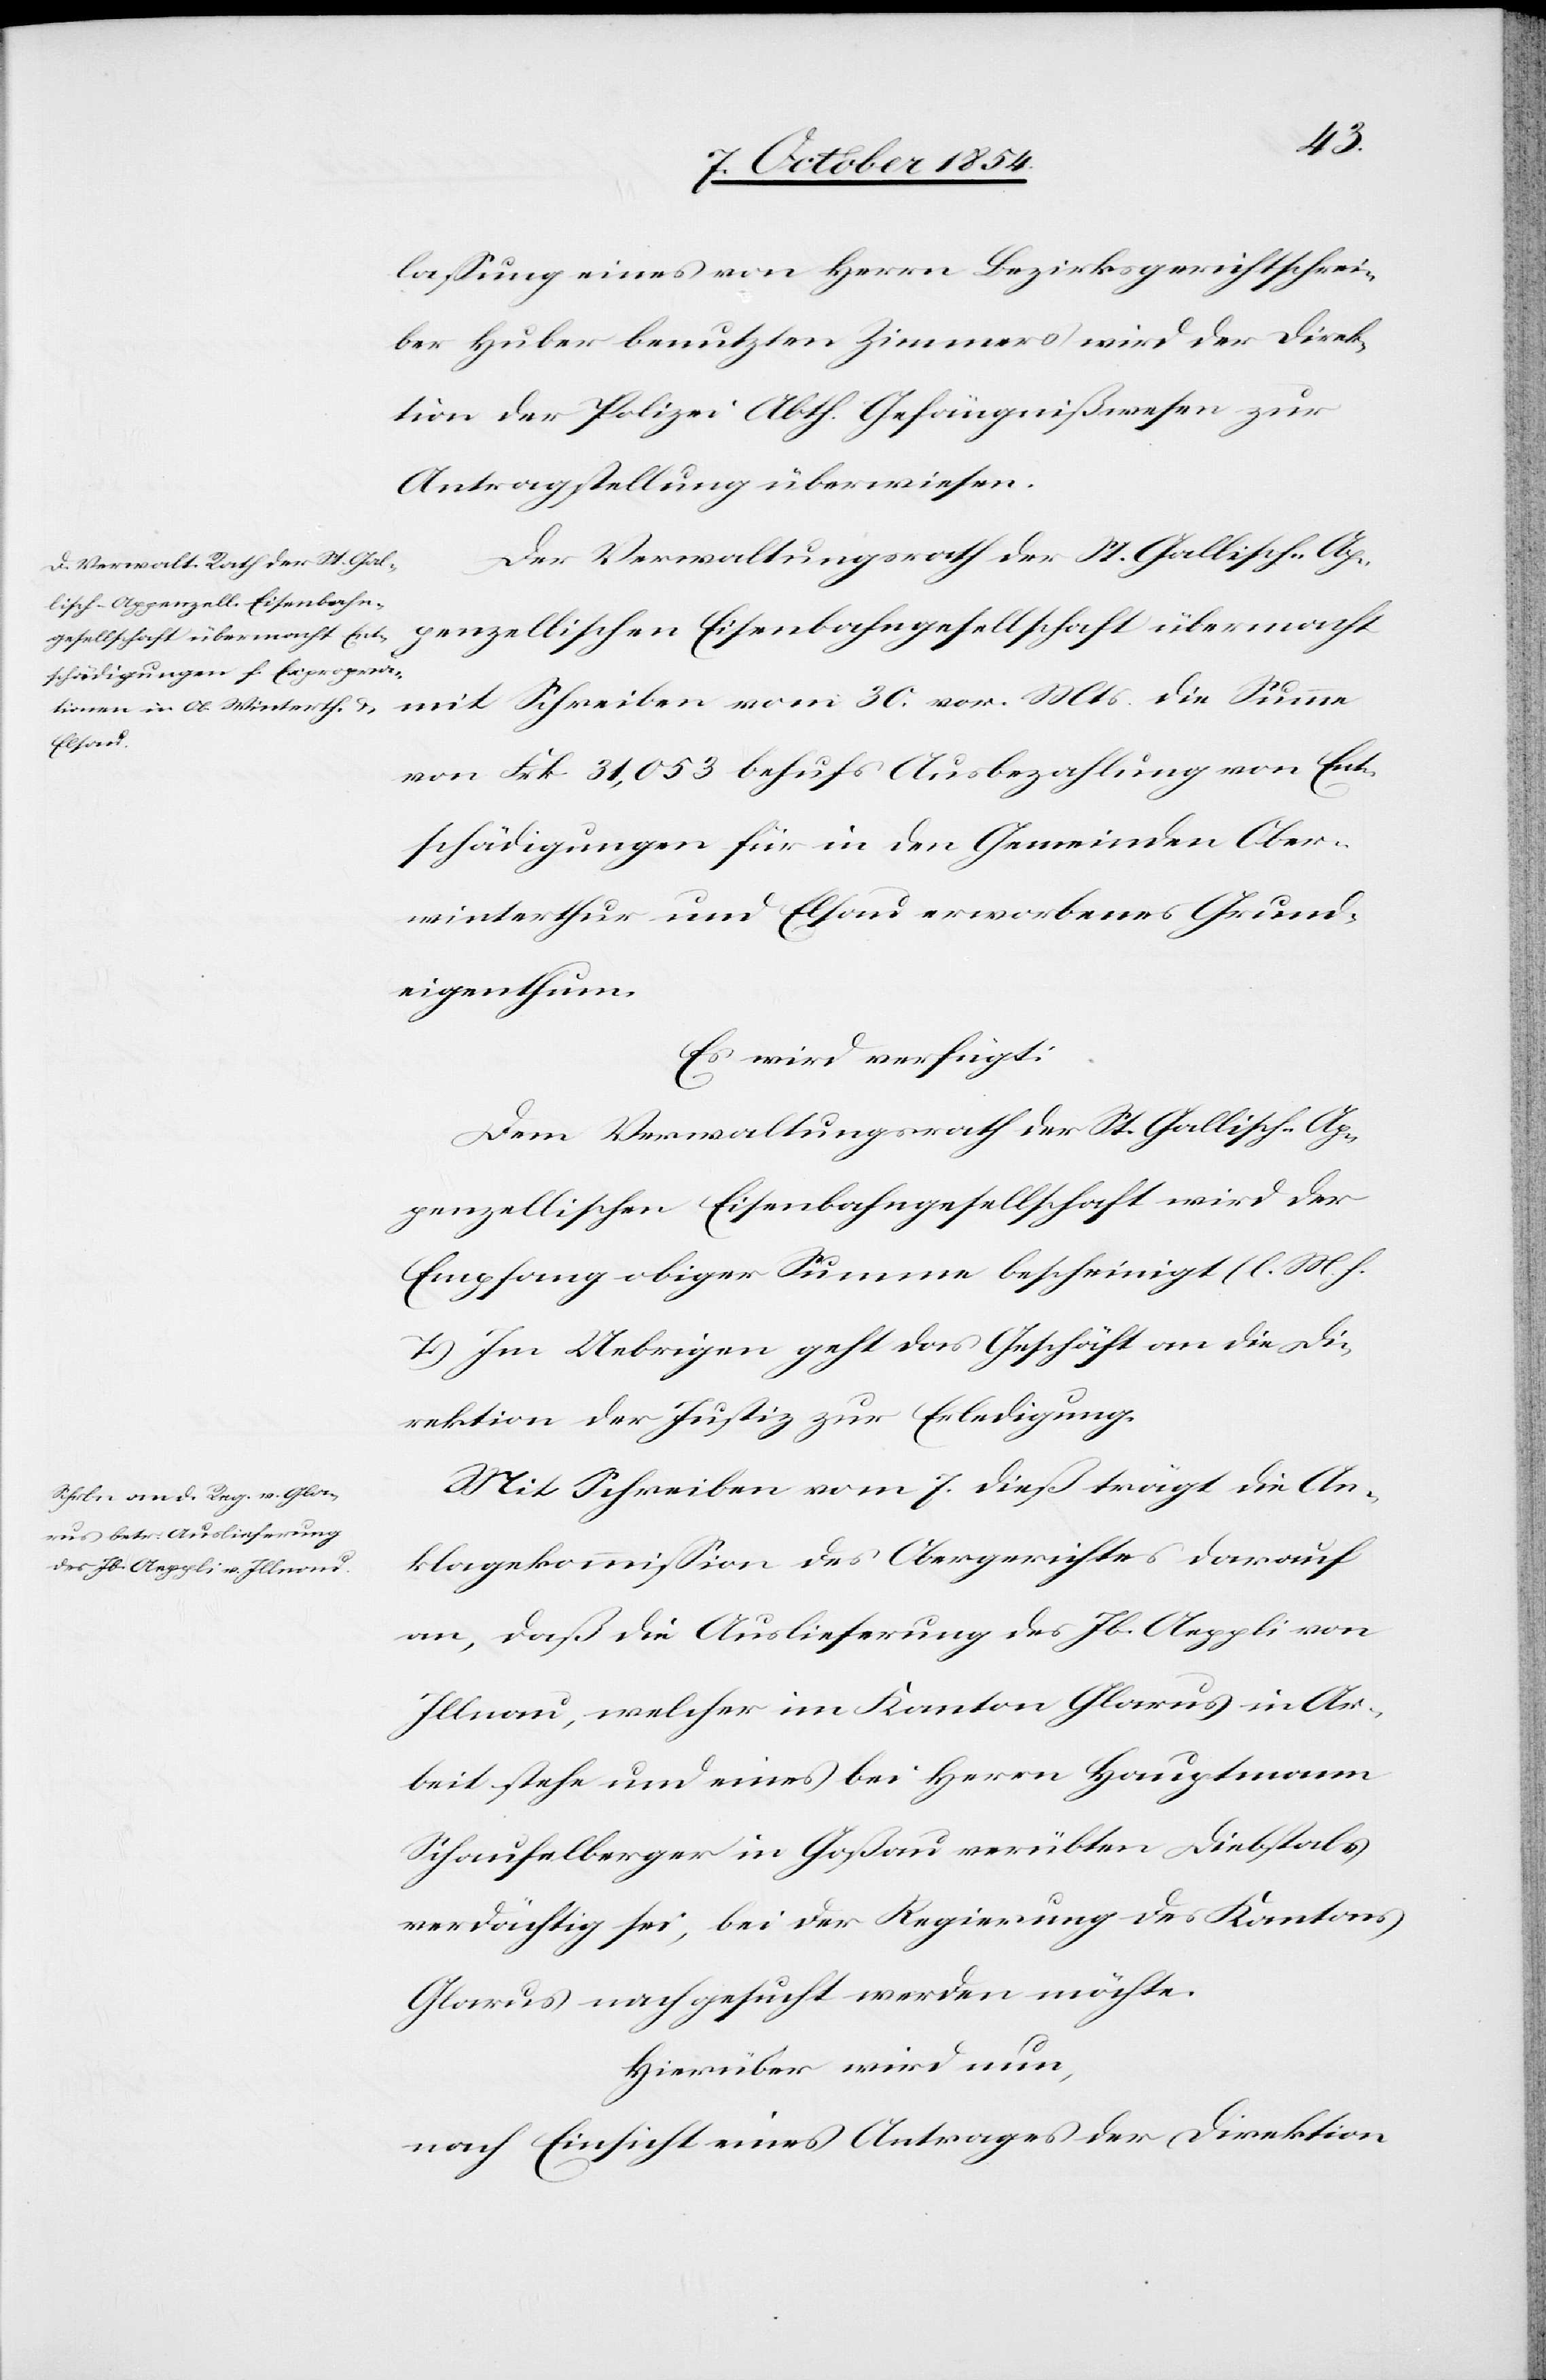
10. October 1854.]
laßung eines von Herrn Bezirksgerichtsschrei¬
ber Huber benutzten Zimmers wird der Direk¬
tion der Polizei Abth. Gefängnißwesen zur
Antragstellung überwiesen.
cht mit
von Frk. 31,053 behufs Ausbezahlung von Ent¬
schädigungen für in den Gemeinden Ober¬
winterthur und Elsau erworbenes Grund¬
eigenthum.
Es wird verfügt:
Dem Verwaltungsrath der St. Gallisch-Ap¬
penzellischen Eisenbahngesellschaft wird der
Empfang obiger Summe bescheinigt (l. M. h.
T.). Im Uebrigen geht das Geschäft an die Di¬
rektion der Justiz zur Erledigung.
Mit Schreiben vom 7. dieß trägt die An¬
klagekommißion an, daß die Auslieferung des Jb.
Illnau, welcher im Kanton Glarus in Ar¬
beit stehe und eines bei Herrn Hauptmann
Schaufelberger in Goßau verübten Diebstals
verdächtig sei, bei der Regierung des Kantons
Glarus nachgesucht werden möchte.
Hierüber wird nun,
nach Einsicht eines Antrages der Direktion